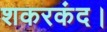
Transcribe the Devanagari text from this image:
शकरकंद।